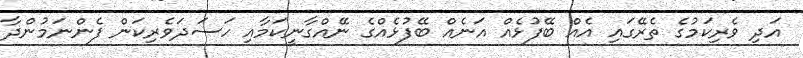
އަދި ވެރިކަމުގެ ތެރޭގައި އެއް ބޭފުޅެއް އަނެއް ބޭފުޅެއްގެ ނޭއްގާނީކަމާއި ހަސަދަވެރިކަން ފެންނަމުންދާ